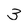
Character: 3